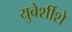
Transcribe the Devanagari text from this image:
युबेर्शीशे